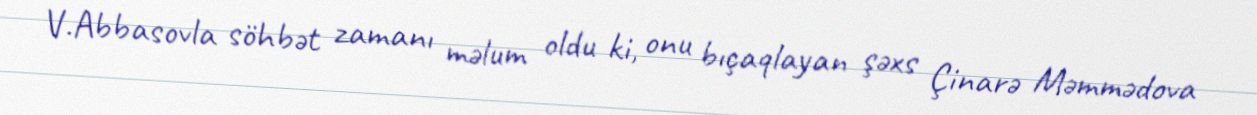
V.Abbasovla söhbət zamanı məlum oldu ki, onu bıçaqlayan şəxs Çinarə Məmmədova